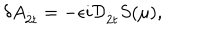
\delta A _ { { \dot { 2 } } t } = - \epsilon i { \cal D } _ { { \dot { 2 } } t } S ( \mu ) ,